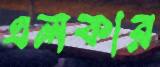
এলকার